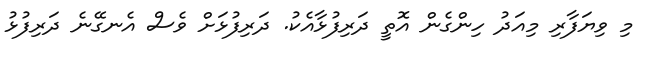
މި ވިޔަފާރި މިއަދު ހިންގެން އޮތީ ދަރިފުޅާއެކު. ދަރިފުޅަށް ވެސް އެނގޭނެ ދަރިފުޅު